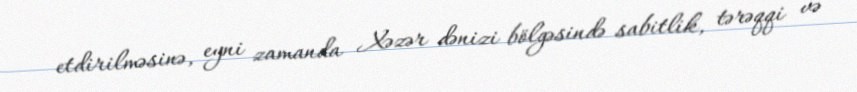
etdirilməsinə, eyni zamanda Xəzər dənizi bölgəsində sabitlik, tərəqqi və